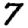
Digit: 7